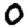
Digit: 0